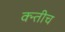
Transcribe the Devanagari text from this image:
क्न्तीच